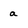
Character: a